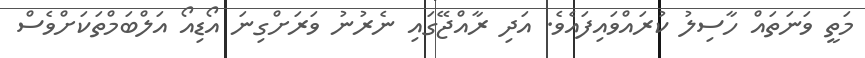
މަތީ ވަނަތައް ހާސިލު ކުރައްވައިފައެވެ. އަދި ރާއްޖޭގައި ނެރުނު ވަރަށްގިނަ އޯޑިއޯ އަލްބަމްތަކަށްވެސް